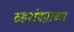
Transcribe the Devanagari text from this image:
व्हरांडय़ाच्या